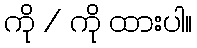
ကို / ကို ထားပါ။